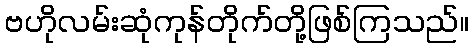
ဗဟိုလမ်းဆုံကုန်တိုက်တို့ဖြစ်ကြသည်။